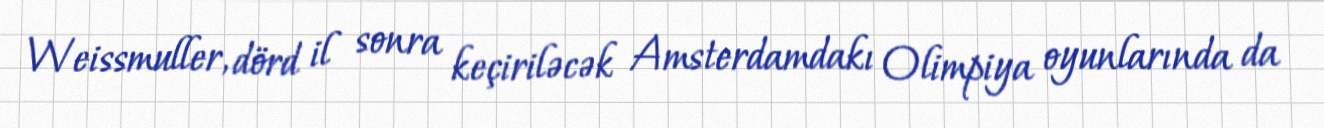
Weissmuller, dörd il sonra keçiriləcək Amsterdamdakı Olimpiya oyunlarında da